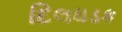
દિલધડક